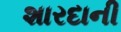
શારદાની